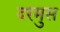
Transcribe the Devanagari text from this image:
दरमुस